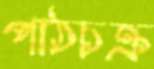
পাঠচক্র